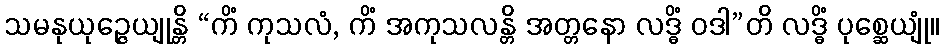
သမနုယုဉ္ဇေယျုန္တိ “ကိံ ကုသလံ, ကိံ အကုသလန္တိ အတ္တနော လဒ္ဓိံ ဝဒါ”တိ လဒ္ဓိံ ပုစ္ဆေယျုံ။